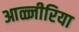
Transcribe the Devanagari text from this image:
आळ्जीरिया